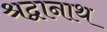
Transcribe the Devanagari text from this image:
श्रद्वानाथ